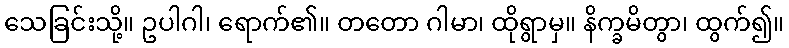
သေခြင်းသို့။ ဥပါဂါ၊ ရောက်၏။ တတော ဂါမာ၊ ထိုရွာမှ။ နိက္ခမိတွာ၊ ထွက်၍။